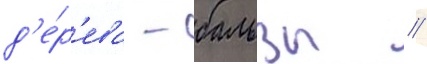
д'е́р'ева - бальзы //